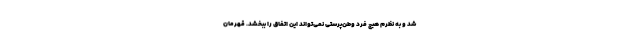
شد و به نظرم هیچ فرد وطن‌پرستی نمی‌تواند این اتفاق را ببخشد. قهرمان